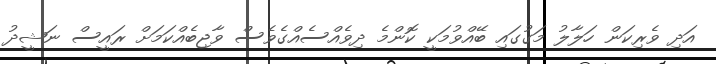
އަދި ވެރިކަން ހަލާލު މަގުގައި ބޭއްވުމަކީ ކޮންމެ ދިވެއްސެއްގެވެސް ވާޖިބެއްކަމަށް ރައީސް ނަޝީދު